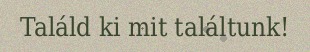
Találd ki mit találtunk!